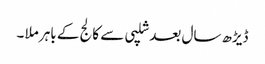
ڈیڑھ سال بعد شلپی سے کالج کے باہر ملا ۔